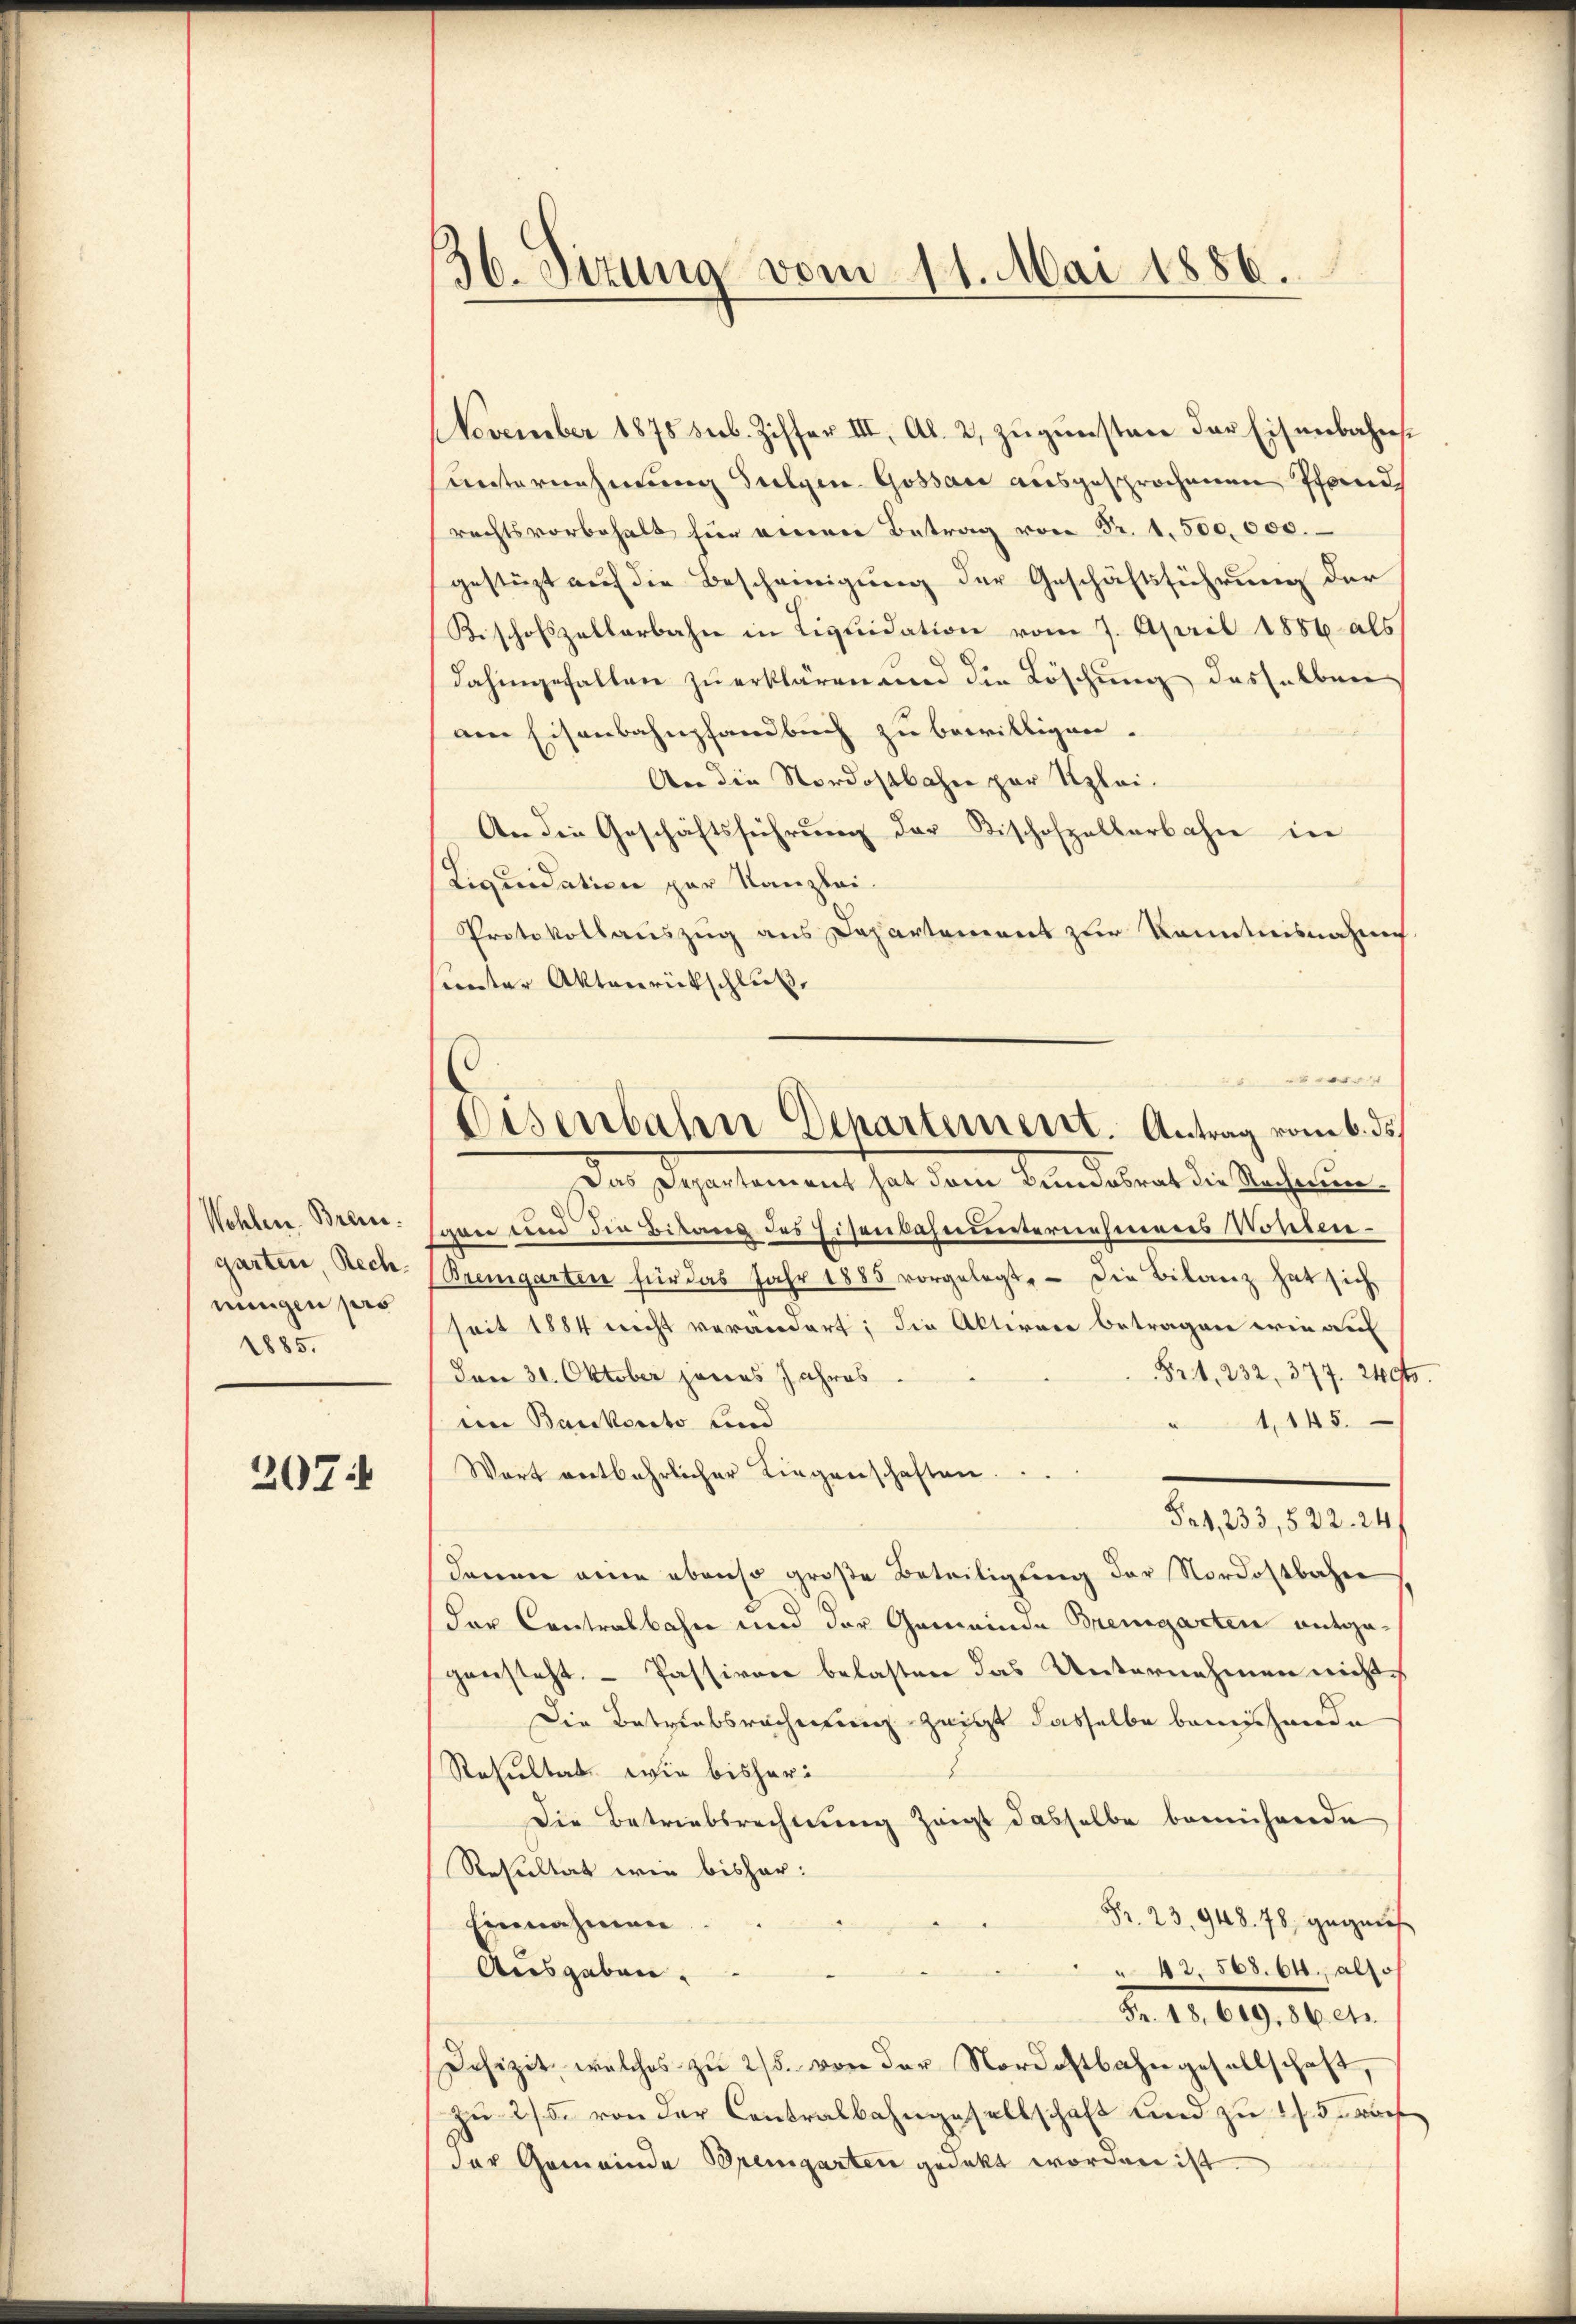
Wohlen. Bran.
garten, Rech
ningen pers
1885.

207:

36. Sizung vom 11. Mai 1886.

November 1875 sub. Ziffer III, Al. 2, zugunsten das Eisenbahnsunternehmung Sulgen Gossare ausgesprochenen Pfandrechtsvorbehalt für einen Betrag von Fr. 1.500,000.
gestüzt auf die Bescheinigung der Geschäftsführung der
Kischofszellarbahn in Liquidation vom 7. April 1886 als
dahingefallen zu erklären und die Löschung desselben
am Eisenbahnpfandbuch zu bewilligen.
An die Nordostbahn zur Klei¬
An die Geschäftsführung der Tischofzellerbahn in
Liquidation par Kanzlei.
Protokollauszug aus Departement zur Kenntnisnahme
sunter Aktenrückschluß,
Das Departement hat dem Bundesrat die Rechnun
von und die Bitans des Eisenbahnvernehmens Mokin¬
(Bremgarten für das Jahr 1885 vorgelegt. - Die Bilanz hat sich
seit 1884 nicht verändert; die Aktiven betragen wie auf
Fr. 1. 232, 377. 240
Den 31. Oktober jenes Jahres
in Baukosto und
1145.
Wort entbehrlicher Liegenschaften.
Pak, 233,822. 24
denen eine ebenso große Beteiligung der Nordostbahne
der Contralbahn und der Gemeinde Bremgarten entgegensteht. – Passiven belasten das Unternehmen nichts
Die Betriebsrechnung zeigt dasselbe bemühende
Resultat wie bisheri
Die Betriebsrechnung zeigt dasselbe bereichende
Resultat wie bishar:
Fr. 23. 948. 78, gegens
Einnahmen
 42, 568. 64. also
Ausgaben.
Fr. 18. 619, 86 et
Defizit, welches zu 2/5. von der Nordostbahngesellschaft,
zu 2/5. von der Centralbahngesellschaft und zu 1/3 vorh
der Gemeinde Bremgarten gedeckt worden ist.

Disenbahn Departement. Antrag vom 6. ds.